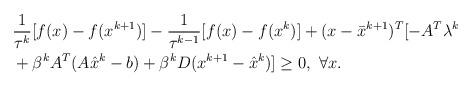
LaTeX: \begin{align*}\begin{aligned}&\frac{1}{\tau^k}[f(x)-f(x^{k+1})]-\frac{1}{\tau^{k-1}}[f(x)-f(x^{k})]+(x-\bar{x}^{k+1})^T[-A^T\lambda^k\\&+\beta^kA^T(A\hat{x}^{k}-b)+\beta^kD(x^{k+1}-\hat{x}^k) ]\geq0,~\forall x.\end{aligned}\end{align*}